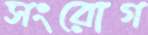
সংরোগ